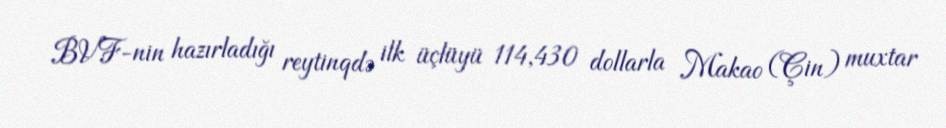
BVF-nin hazırladığı reytinqdə ilk üçlüyü 114,430 dollarla Makao (Çin) muxtar